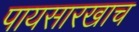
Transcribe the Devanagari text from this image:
पायसारखाच